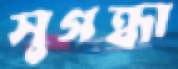
সুগন্ধা